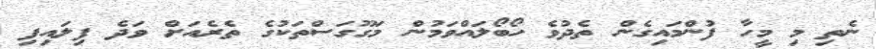
ނެތި މި މީހާ ފުންމައިގެން ތެދުވެ ހޯބޯލައްވަމުން މަގޫގަސްތަކުގެ ތެރެއަށް ވަދެ ފިލައިފި